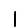
Digit: 1